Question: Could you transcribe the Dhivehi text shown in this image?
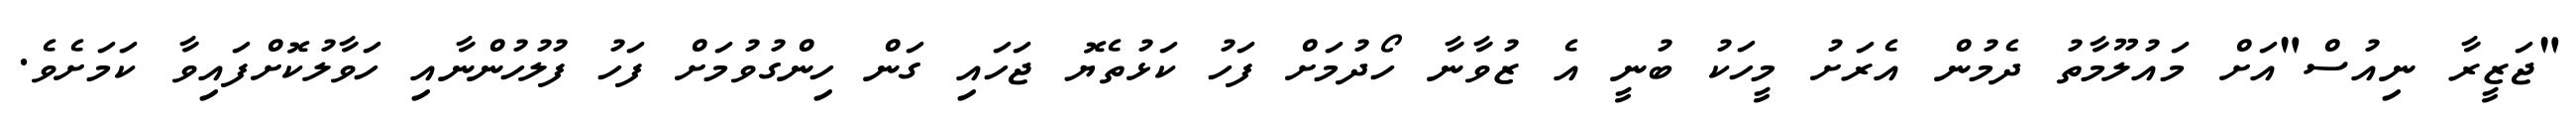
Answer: "ޖަޒީރާ ނިއުސް"އަށް މައުލޫމާތު ދެމުން އެރަށު މީހަކު ބުނީ އެ ޒުވާނާ ހޯދުމަށް ފަހު ކަޅުތެޔޮ ޖަހައި ގަން ހިންގުވުމަށް ފަހު ފުލުހުންނާއި ހަވާލުކޮށްފައިވާ ކަމަށެވެ.